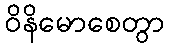
ဝိနိမောစေတွာ